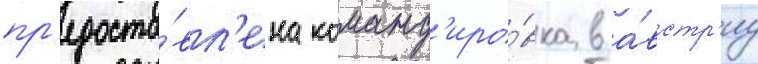
пр'едоста́вл'ена команд'иро́вка в а́встр'иу